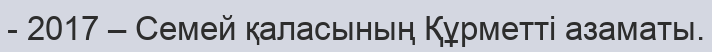
- 2017 – Семей қаласының Құрметті азаматы.